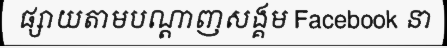
ផ្សាយតាមបណ្តាញសង្គម Facebook នា